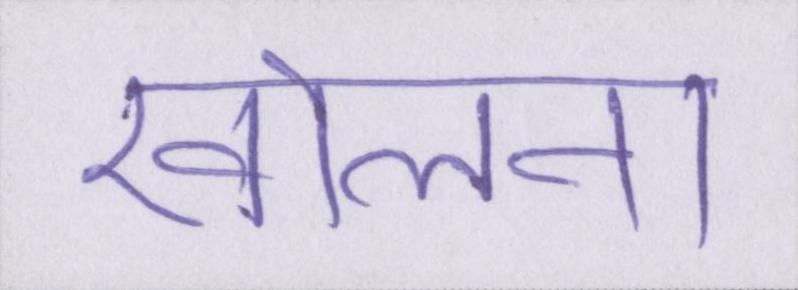
खोलना